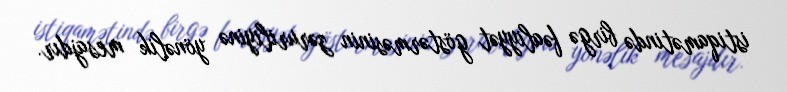
istiqamətində birgə fəaliyyət göstərməsinin zəruriliyinə yönəlik mesajdır.